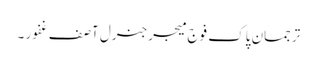
ترجمان پاک فوج میجرجنرل آصف غفور ۔